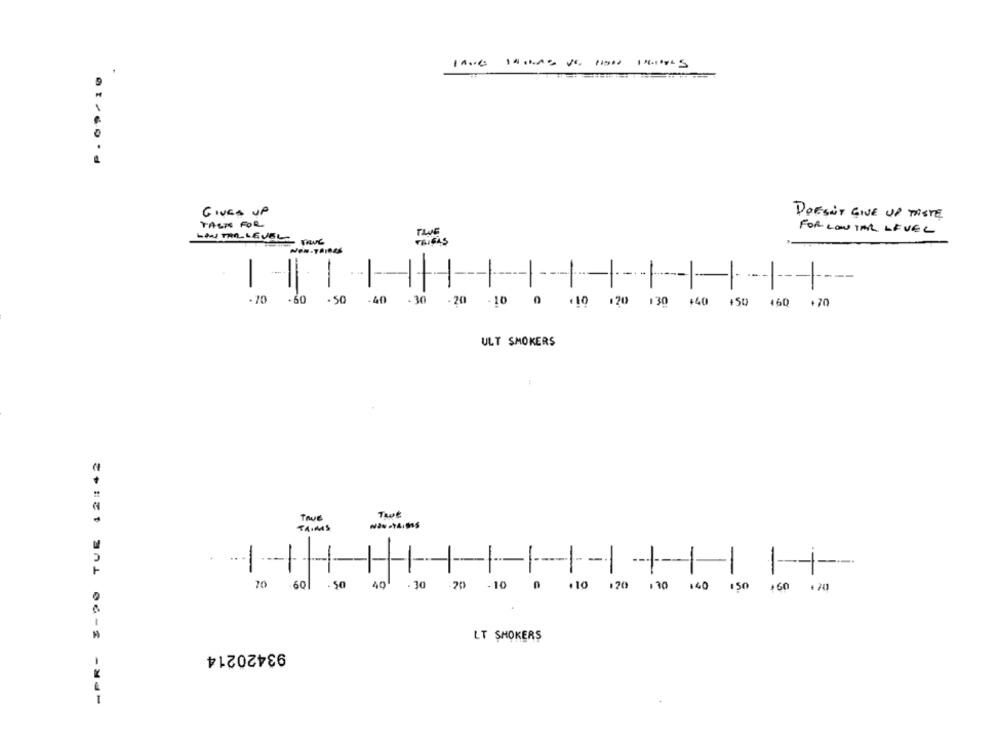
P. 09/10
--------
GIVES UP
DOESN'T GIVE UP TASTE
TALK FOR
FOR LOW TAR LEVEL
LOW TAR LEVEL
-
.70
.60
.50
-40
-30
. 20
.10 0 .10 120 130
+40 +50 460 +70
ULT SMOKERS
-PR- $-20 TUE 12:42
Twe
TRUE
TA.MS
--
------
-
70
-601
.50
40
.30
.20
-10
@ .10 120 130 140 150 160 170
LT SMOKERS
93420214